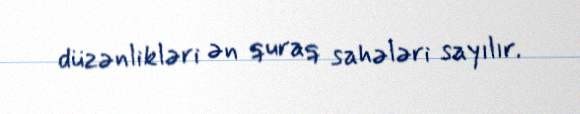
düzənlikləri ən quraq sahələri sayılır.